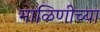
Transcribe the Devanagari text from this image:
माळिणीच्या